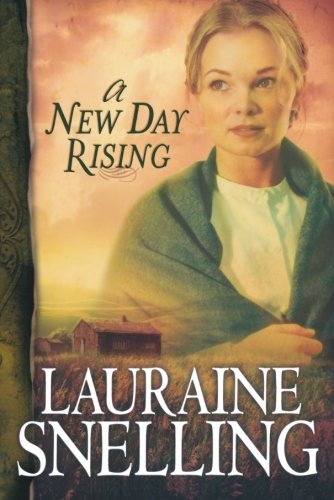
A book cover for A New Day Rising (Red River of the North #2); Lauraine Snelling; Romance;